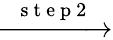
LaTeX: \xrightarrow{\ \ \mathrm{~s~t~e~p~2~}\ \ }